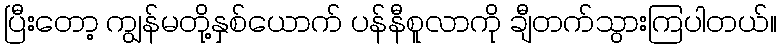
ပြီးတော့ ကျွန်မတို့နှစ်ယောက် ပန်နီစူလာကို ချီတက်သွားကြပါတယ်။